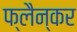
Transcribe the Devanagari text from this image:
फ्लैन्कर